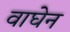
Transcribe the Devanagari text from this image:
वाघेन